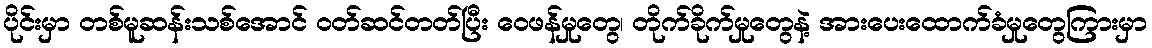
ပိုင်းမှာ တစ်မူဆန်းသစ်အောင် ဝတ်ဆင်တတ်ပြီး ဝေဖန်မှုတွေ၊ တိုက်ခိုက်မှုတွေနဲ့ အားပေးထောက်ခံမှုတွေကြားမှာ